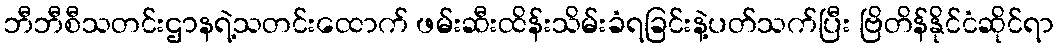
ဘီဘီစီသတင်းဌာနရဲ့သတင်းထောက် ဖမ်းဆီးထိန်းသိမ်းခံရခြင်းနဲ့ပတ်သက်ပြီး ဗြိတိန်နိုင်ငံဆိုင်ရာ